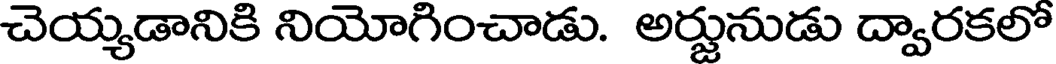
చెయ్యడానికి నియోగించాడు. అర్జునుడు ద్వారకలో